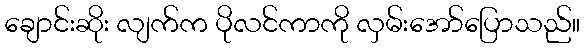
ချောင်းဆိုး လျက်က ပိုလင်ကာကို လှမ်းအော်ပြောသည်။